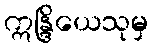
ဣန္ဒြိယေသုမှ